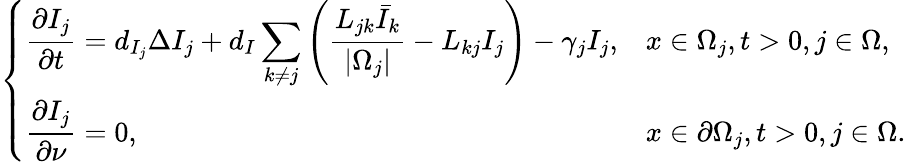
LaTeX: \left\{ \begin{array}{ll}{\displaystyle\frac{\partial I_{j}}{\partial t}=d_{I_{j}}\Delta I_{j}+d_{I}\sum_{k\neq j}\left(\frac{L_{jk}\bar{I}_{k}}{|\Omega_{j}|}-L_{kj}I_{j}\right)-{\gamma_{j}I_{j}},}&{x\in\Omega_{j},t>0,j\in\Omega,}\\ {\displaystyle\frac{\partial I_{j}}{\partial\nu}=0,}&{x\in\partial\Omega_{j},t>0,j\in\Omega.}\end{array}\right.